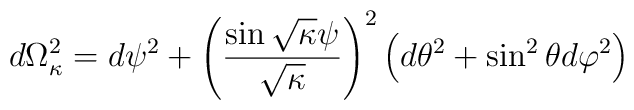
d\Omega^2_{\kappa} =d\psi^2 +\left( \frac{\sin \sqrt{\kappa}\psi}{\sqrt{\kappa}}\right)^2 \left( d\theta^2 +\sin^2  \theta d\varphi^2 \right)